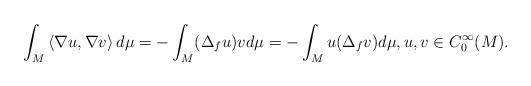
LaTeX: \begin{align*}\int_{M} \left< \nabla u, \nabla v \right> d \mu = - \int_{M} (\Delta_{f} u) v d \mu = - \int_{M} u (\Delta_{f} v) d \mu, u, v \in C_{0}^{\infty}(M).\end{align*}